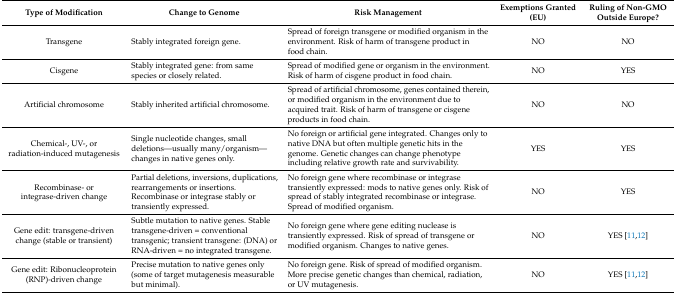
<table><thead><tr><td><b>Type of Modification</b></td><td><b>Change to Genome</b></td><td><b>Risk Management</b></td><td><b>Exemptions Granted (EU)</b></td><td><b>Ruling of Non-GMO Outside Europe?</b></td></tr></thead><tbody><tr><td>Transgene</td><td>Stably integrated foreign gene. </td><td>Spread of foreign transgene or modified organism in the environment. Risk of harm of transgene product in food chain.</td><td>NO</td><td>NO</td></tr><tr><td>Cisgene</td><td>Stably integrated gene: from same species or closely related.</td><td>Spread of modified gene or organism in the environment. Risk of harm of cisgene product in food chain.</td><td>NO</td><td>YES</td></tr><tr><td>Artificial chromosome</td><td>Stably inherited artificial chromosome.</td><td>Spread of artificial chromosome, genes contained therein, or modified organism in the environment due to acquired trait. Risk of harm of transgene or cisgene products in food chain.</td><td>NO</td><td>NO</td></tr><tr><td>Chemical-, UV-, or radiation-induced mutagenesis</td><td>Single nucleotide changes, small deletions—usually many/organism—changes in native genes only.</td><td>No foreign or artificial gene integrated. Changes only to native DNA but often multiple genetic hits in the genome. Genetic changes can change phenotype including relative growth rate and survivability.</td><td>YES</td><td>YES</td></tr><tr><td>Recombinase- or integrase-driven change</td><td>Partial deletions, inversions, duplications, rearrangements or insertions. Recombinase or integrase stably or transiently expressed.</td><td>No foreign gene where recombinase or integrase transiently expressed: mods to native genes only. Risk of spread of stably integrated recombinase or integrase. Spread of modified organism.</td><td>NO</td><td>YES</td></tr><tr><td>Gene edit: transgene-driven change (stable or transient)</td><td>Subtle mutation to native genes. Stable transgene-driven = conventional transgenic; transient transgene: (DNA) or RNA-driven = no integrated transgene.</td><td>No foreign gene where gene editing nuclease is transiently expressed. Risk of spread of transgene or modified organism. Changes to native genes.</td><td>NO</td><td>YES [11,12]</td></tr><tr><td>Gene edit: Ribonucleoprotein (RNP)-driven change</td><td>Precise mutation to native genes only (some of target mutagenesis measurable but minimal).</td><td>No foreign gene. Risk of spread of modified organism. More precise genetic changes than chemical, radiation, or UV mutagenesis.</td><td>NO</td><td>YES [11,12]</td></tr></tbody></table>